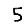
Digit: 5